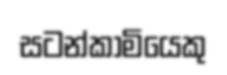
සටන්කාමියෙකු